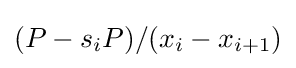
(P-s_{i}P)/(x_{i}-x_{i+1})